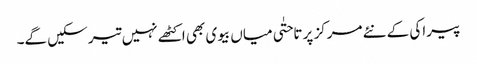
پیراکی کے نئے مرکز پر تاحتٰی میاں بیوی بھی اکٹھے نہیں تیر سکیں گے۔